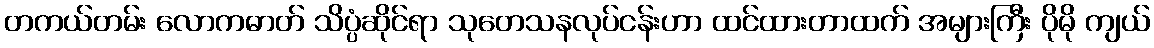
တကယ်တမ်း လောကဓာတ် သိပ္ပံဆိုင်ရာ သုတေသနလုပ်ငန်းဟာ ထင်ထားတာထက် အများကြီး ပိုမို ကျယ်